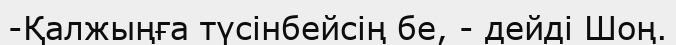
-Қалжыңға түсінбейсің бе, - дейді Шоң.